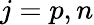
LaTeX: j=p,n